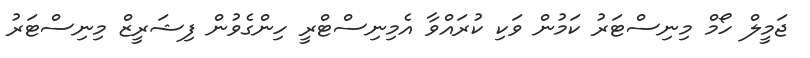
ޖަމީލް ހޯމް މިނިސްޓަރު ކަމުން ވަކި ކުރައްވާ އެމިނިސްޓްރީ ހިންގެވުން ފިޝަރީޒް މިނިސްޓަރު